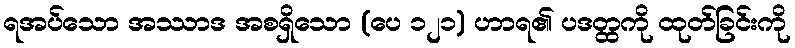
ရအပ်သော အဿာဒ အစရှိသော (ပေ ၁၂၁) ဟာရ၏ ပဒတ္ထကို ထုတ်ခြင်းကို